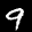
Label: 9